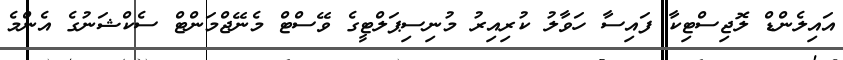
އައިލެންޑް ލޮޖިސްޓިކާ ފައިސާ ހަވާލު ކުރިއިރު މުނިސިޕަލްޓީގެ ވޭސްޓް މެނޭޖްމަންޓް ސެކްޝަނުގެ އެންމެ